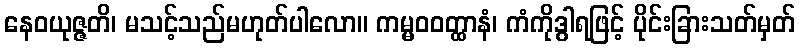
နေဝယုဇ္ဇတိ၊ မသင့်သည်မဟုတ်ပါလော။ ကမ္မဝဝတ္ထာနံ၊ ကံကိုဒွါရဖြင့် ပိုင်းခြားသတ်မှတ်